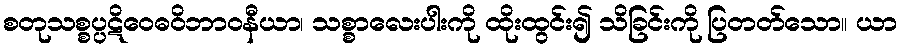
စတုသစ္စပ္ပဋိဝေဓဝိဘာဝနီယာ၊ သစ္စာလေးပါးကို ထိုးထွင်း၍ သိခြင်းကို ပြတတ်သော။ ယာ